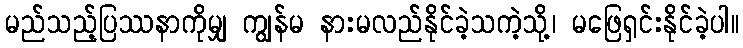
မည်သည့်ပြဿနာကိုမျှ ကျွန်မ နားမလည်နိုင်ခဲ့သကဲ့သို့၊ မဖြေရှင်းနိုင်ခဲ့ပါ။